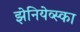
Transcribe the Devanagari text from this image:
झेनियेव्स्का